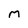
Character: m